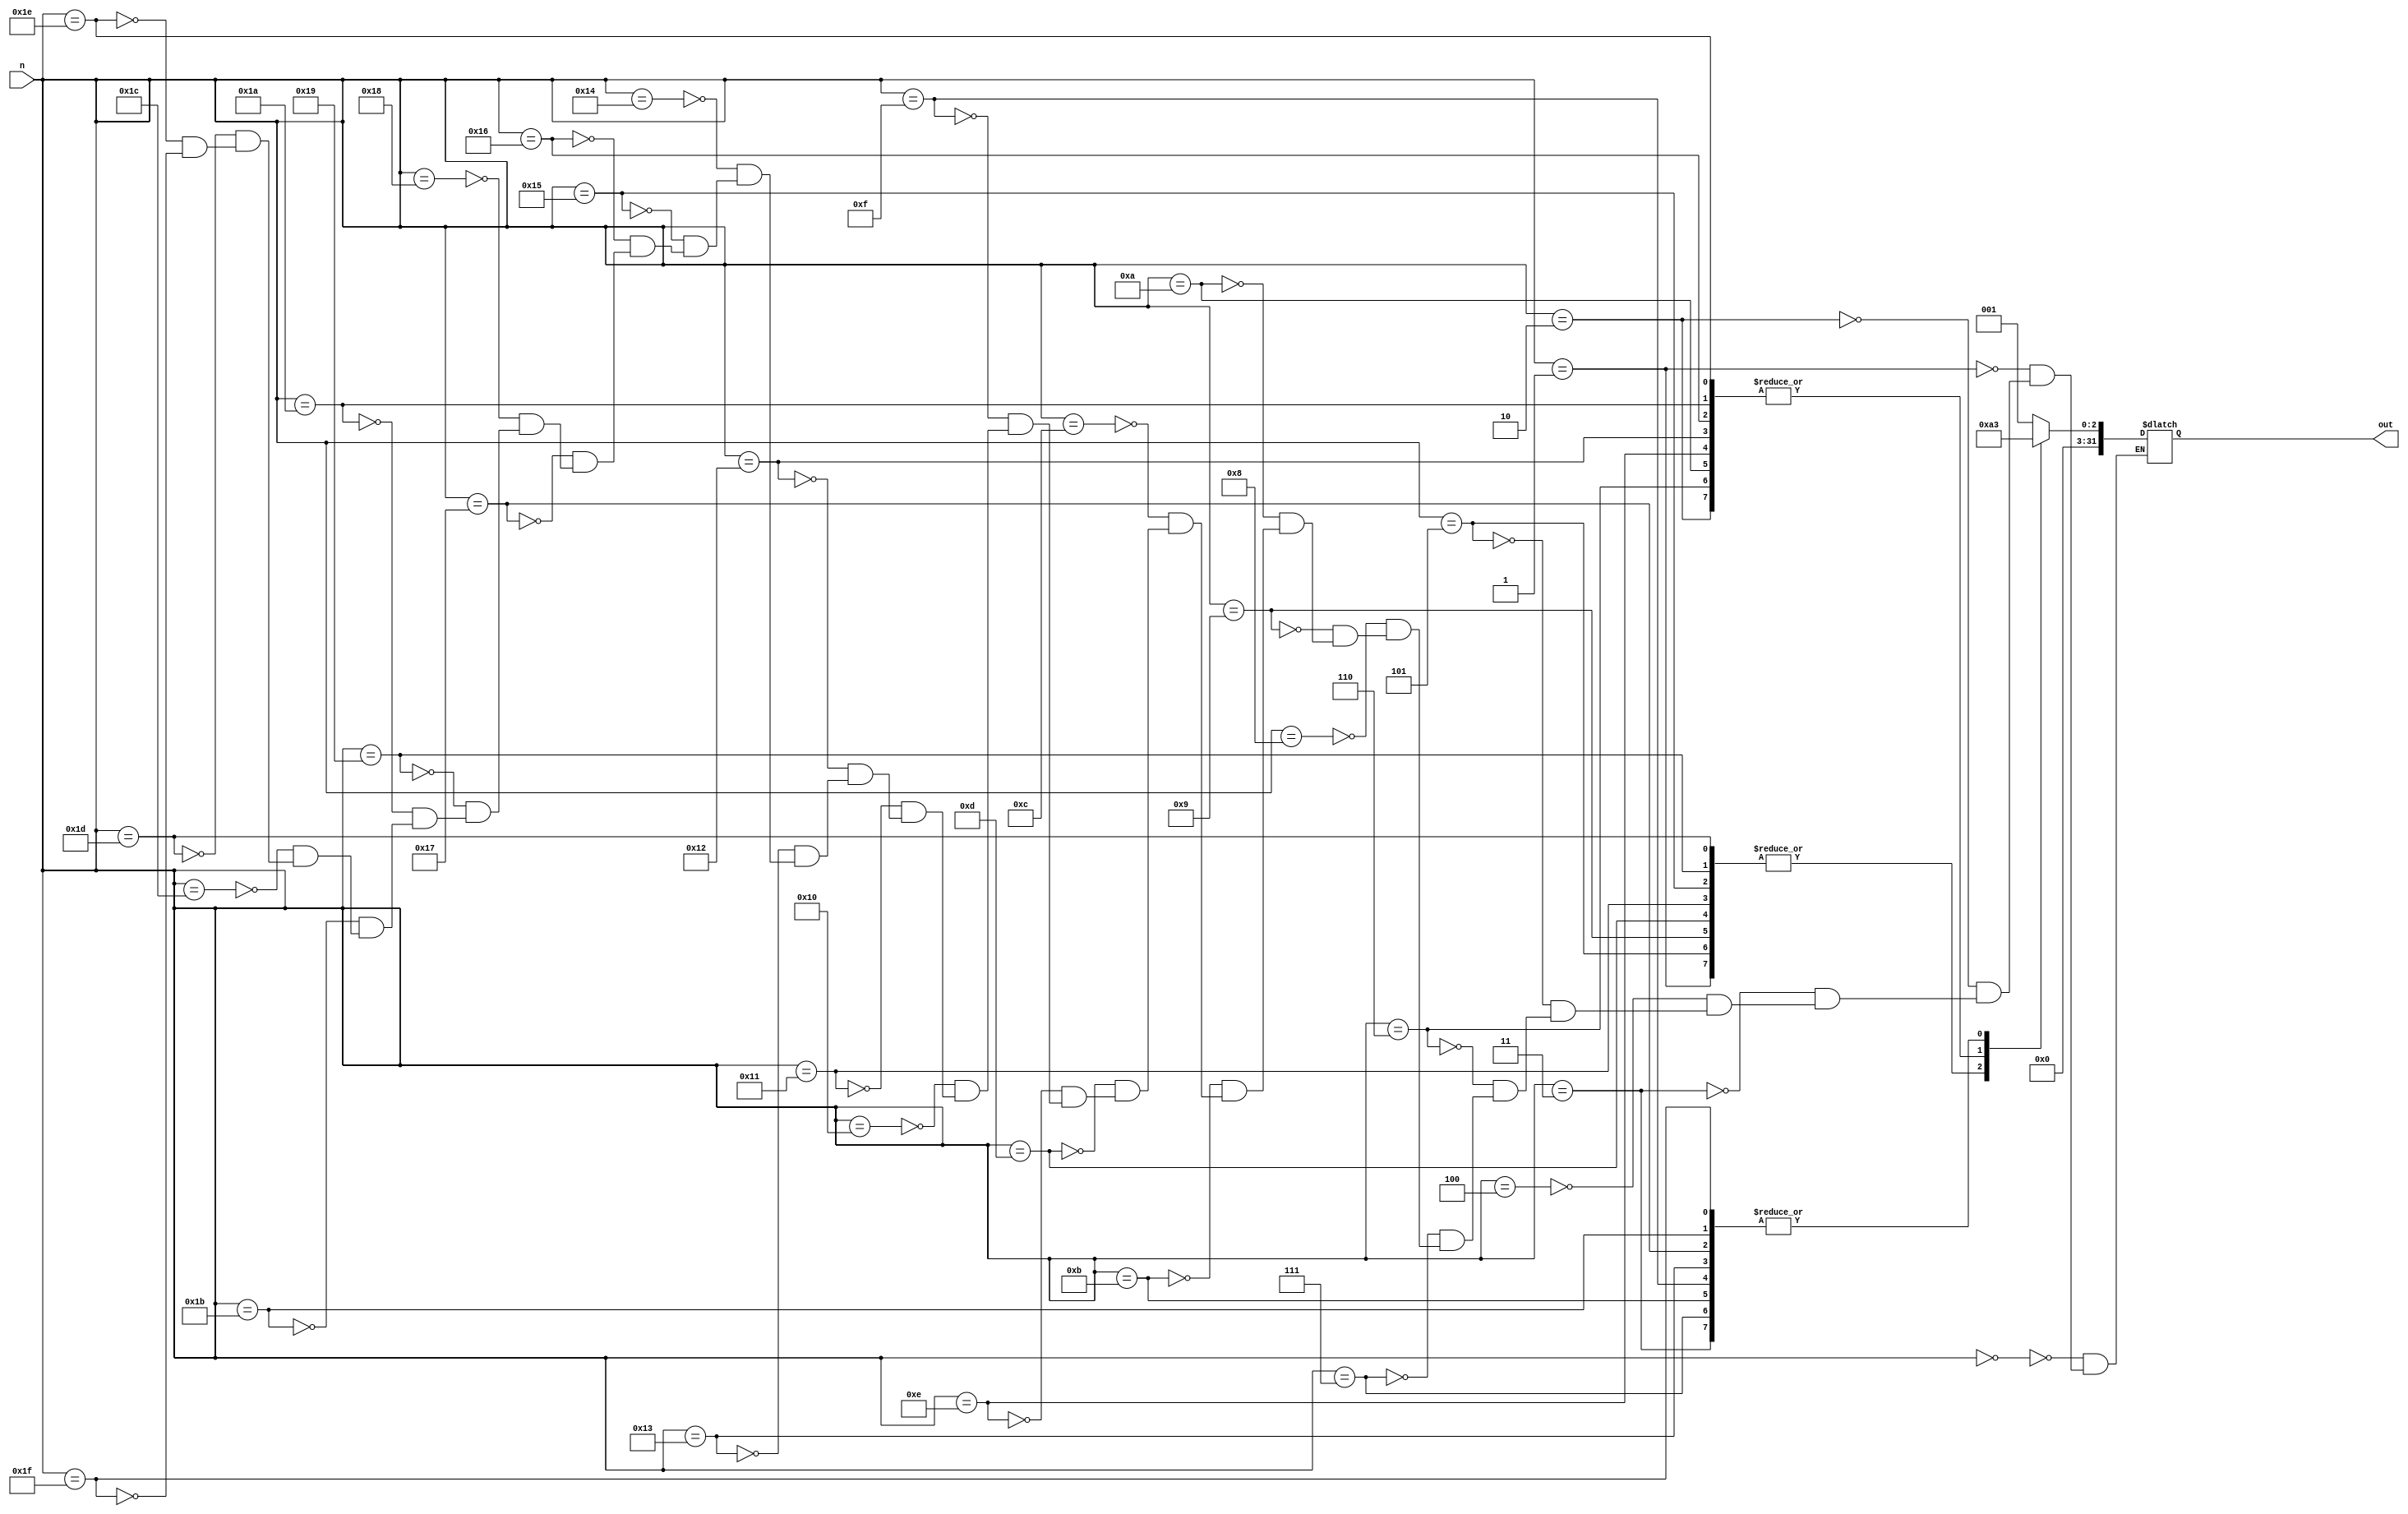
`timescale 1ns / 1ps
//////////////////////////////////////////////////////////////////////////////////
// Module Name: mod5_LUT: 
// Description: Look-up table for mod 5 values
//////////////////////////////////////////////////////////////////////////////////

module mod5_LUT(
    input [31:0] n,
    output reg [31:0] out
    );
    always @(*) begin
        case(n)
            32'd0: out = 32'd1;
            32'd1: out = 32'd2;
            32'd2: out = 32'd4;
            32'd3: out = 32'd3;
            32'd4: out = 32'd1;
            32'd5: out = 32'd2;
            32'd6: out = 32'd4;
            32'd7: out = 32'd3;
            32'd8: out = 32'd1;
            32'd9: out = 32'd2;
            32'd10: out = 32'd4;
            32'd11: out = 32'd3;
            32'd12: out = 32'd1;
            32'd13: out = 32'd2;
            32'd14: out = 32'd4;
            32'd15: out = 32'd3;
            32'd16: out = 32'd1;
            32'd17: out = 32'd2;
            32'd18: out = 32'd4;
            32'd19: out = 32'd3;
            32'd20: out = 32'd1;
            32'd21: out = 32'd2;
            32'd22: out = 32'd4;
            32'd23: out = 32'd3;
            32'd24: out = 32'd1;
            32'd25: out = 32'd2;
            32'd26: out = 32'd4;
            32'd27: out = 32'd3;
            32'd28: out = 32'd1;
            32'd29: out = 32'd2;
            32'd30: out = 32'd4;
            32'd31: out = 32'd3;
        endcase
    end
endmodule